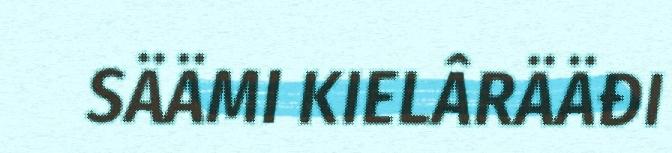
SÄÄMI KIELÂRÄÄĐI